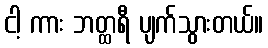
ငါ့ ကား ဘတ္ထရီ ပျက်သွားတယ်။